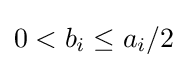
0<b_{i}\leq a_{i}/2